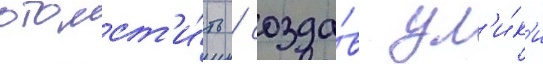
отомст'и́ть / созда́в ул'и́к'и